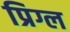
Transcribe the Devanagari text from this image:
प्रिग्ल